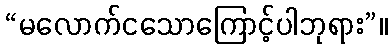
“မလောက်ငသောကြောင့်ပါဘုရား”။